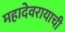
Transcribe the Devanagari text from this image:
महादेवरायाची